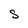
Character: S